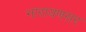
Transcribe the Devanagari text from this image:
नारायणसर